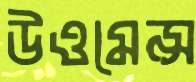
উওমেন্স